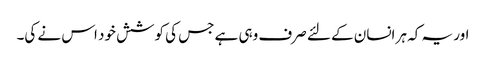
اور یہ کہ ہر انسان کے لئے صرف وہی ہے جس کی کوشش خود اس نے کی۔